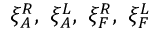
\xi _ { A } ^ { R } , \ \xi _ { A } ^ { L } , \ \xi _ { F } ^ { R } , \ \xi _ { F } ^ { L }